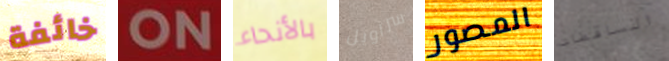
خائفة ON بالأنحاء سراويل المصور الساقطات